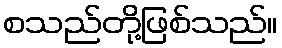
စသည်တို့ဖြစ်သည်။